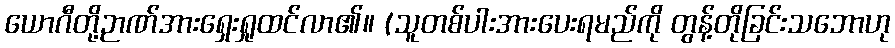
ယောဂီတို့ဉာဏ်အားရှေးရှုထင်လာ၏။ (သူတစ်ပါးအားပေးရမည်ကို တွန့်တိုခြင်းသဘောဟု